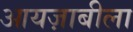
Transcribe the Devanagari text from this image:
आयज़ाबीला